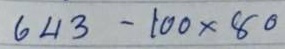
643 - 100x80